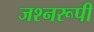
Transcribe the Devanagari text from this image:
जश्नरूपी